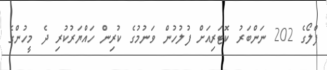
ފްލޯގެ 202 ނަންބަރު ކޮޓަރިއަށް ފުލުހުން ވަނުމުގެ ކުރިން ހައްޔަރުކުރި ދެ މީހުންގެ